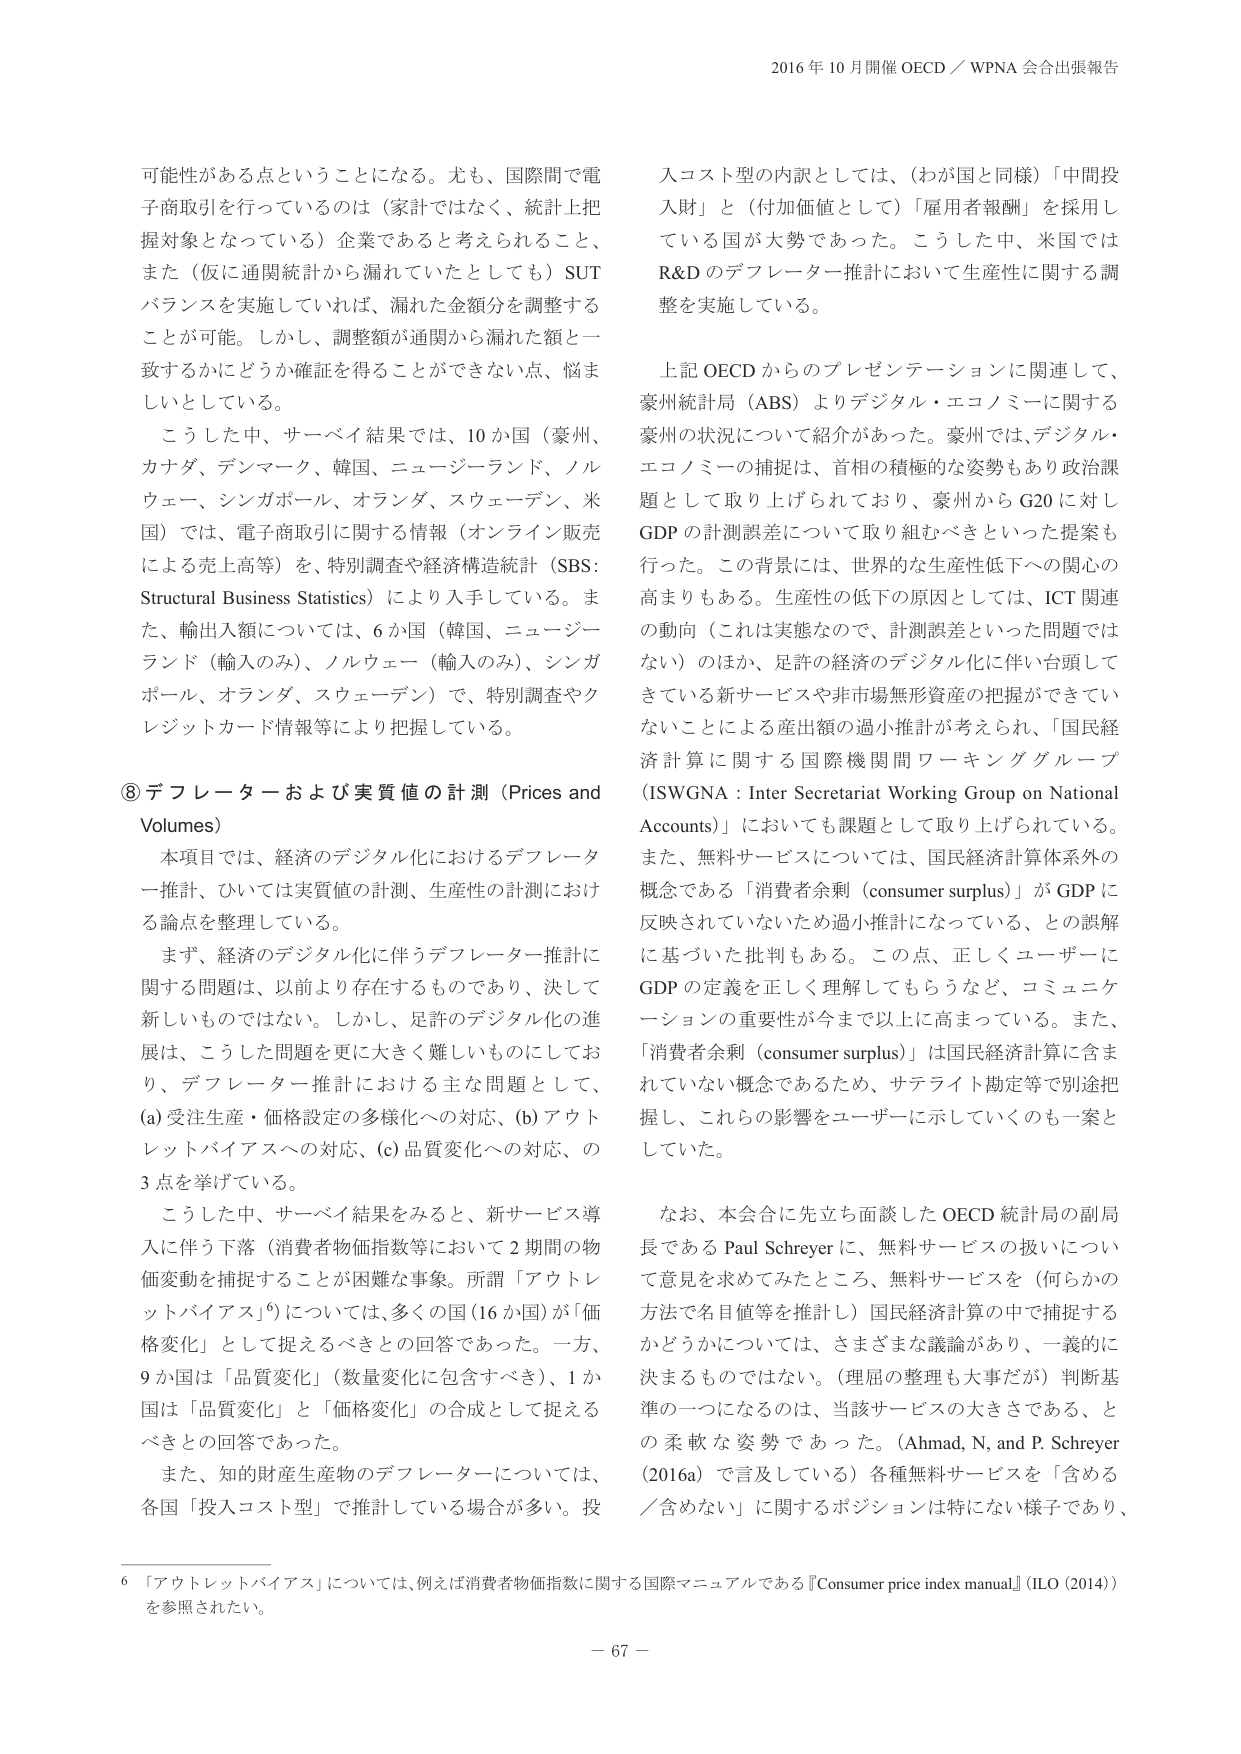
2016 年 10 月開催 OECD／WPNA 会合出張報告

可能性がある点ということになる。尤も、国際間で電子商取引を行っているのは（家計ではなく、統計上把握対象となっている）企業であると考えられること、また（仮に通関統計から漏れていたとしても）SUT バランスを実施していれば、漏れた金額分を調整することが可能。しかし、調整額が通関から漏れた額と一致するかにどうか確認を得ることができない点、悩ましいとしている。

こうした中、サーベイ結果では、10か国（豪州、カナダ、デンマーク、韓国、ニュージーランド、ノルウェー、シンガポール、オランダ、スウェーデン、米国）では、電子商取引に関する情報（オンライン販売による売上高等）を、特別調査や経済構造統計（SBS: Structural Business Statistics）により入手している。また、輸出入額については、6か国（韓国、ニュージーランド（輸入のみ）、ノルウェー（輸入のみ）、シンガポール、オランダ、スウェーデン）で、特別調査やクレジットカード情報等により把握している。

⑧ デフレーテーおよび実質値の計測（Prices and Volumes）

本項目では、経済のデジタル化におけるデフレータ推計、ひいては実質値の計測、生産性の計測における論点を整理している。

まず、経済のデジタル化に伴うデフレータ推計に関する問題は、以前より存在するものであり、決して新しいものではない。しかし、足許のデジタル化の進展は、こうした問題を更に大きく難しいものにしており、デフレータ推計における主な問題として、(a) 受注生産・価格設定の多様化への対応、(b) アウトレットバイアスへの対応、(c) 品質変化への対応、の3点を挙げている。

こうした中、サーベイ結果をみると、新サービス導入に伴う下落（消費者物価指数等において2期間の物価変動を捕捉することが困難な事象。所謂「アウトレットバイアス」）については、多くの国（16か国）が「価格変化」として捉えるべきとの回答であった。一方、9か国は「品質変化」（数量変化に包含すべき）、1か国は「品質変化」と「価格変化」の合成として捉えるべきとの回答であった。

また、知的財産生産物のデフレータについては、各国「投入コスト型」で推計している場合が多い。投入コスト型の内訳としては、（わが国と同様）「中間投入財」と（付加価値として）「雇用者報酬」を採用している国が大勢であった。こうした中、米国ではR&Dのデフレータ推計において生産性に関する調整を実施している。

上記 OECD からのプレゼンテーションに関連して、豪州統計局（ABS）よりデジタル・エコノミーに関する豪州の状況について紹介があった。豪州では、デジタル・エコノミーの捕捉は、首相の積極的な姿勢もあり政治課題として取り上げられており、豪州からG20に対しGDPの計測誤差について取り組むべきといった提案も行った。この背景には、世界的な生産性低下への関心の高まりもある。生産性の低下の原因としては、ICT関連の動向（これは実態なので、計測誤差といった問題ではない）のほか、足許の経済のデジタル化に伴い台頭してきている新サービスや非市場無形資産の把握ができていないことによる産出額の過小推計が考えられ、「国民経済計算に関する国際機関間ワーキンググループ（ISWGNA : Inter Secretariat Working Group on National Accounts）」においても課題として取り上げられている。また、無料サービスについては、国民経済計算体系外の概念である「消費者余剰（consumer surplus）」がGDPに反映されていないため過小推計になっている、との誤解に基づいた批判もある。この点、正しくユーザーにGDPの定義を正しく理解してもらうなど、コミュニケーションの重要性が今まで以上に高まっている。また、「消費者余剰（consumer surplus）」は国民経済計算に含まれていない概念であるため、サテライト勘定等で別途把握し、これらの影響をユーザーに示していくのも一案としていた。

なお、本会合に先立ち面談したOECD統計局の副局長であるPaul Schreyerに、無料サービスの扱いについて意見を求めてみたところ、無料サービスを（何らかの方法で名目値等を推計し）国民経済計算の中で捕捉するかどうかについては、さまざまな議論があり、一義的に決まるものではない。（理屈の整理も大事だが）判断基準の一つになるのは、当該サービスの大きさである、との柔軟な姿勢であった。（Ahmad, N. and P. Schreyer (2016a) で言及している）各種無料サービスを「含める／含めない」に関するポジションは特にない様子であり、

6 「アウトレットバイアス」については、例えば消費者物価指数に関する国際マニュアルである『Consumer price index manual』(ILO (2014)) を参照されたい。

－ 67 －